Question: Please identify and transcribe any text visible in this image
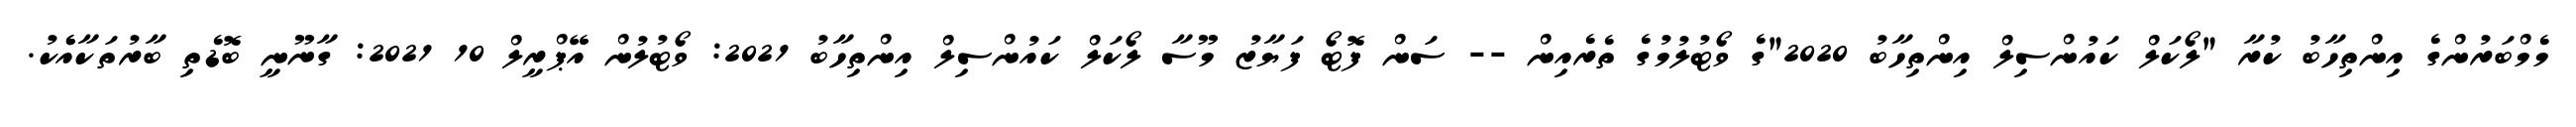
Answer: މެމްބަރުންގެ އިންތިހާބު ކުރާ "ލޯކަލް ކައުންސިލް އިންތިހާބު 2020"ގެ ވޯޓުލުމުގެ ތެރެއިން -- ސަން ފޮޓޯ ފަޔާޒު މޫސާ ލޯކަލް ކައުންސިލް އިންތިހާބު 2021: ވޯޓުލުން އޭޕްރީލް 10 2021: ގާނޫނީ ބޮޑެތި ބާރުތަކާއެެކު.